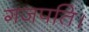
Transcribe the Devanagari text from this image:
गजपति।